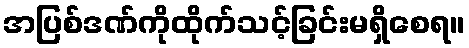
အပြစ်ဒဏ်ကိုထိုက်သင့်ခြင်းမရှိစေရ။